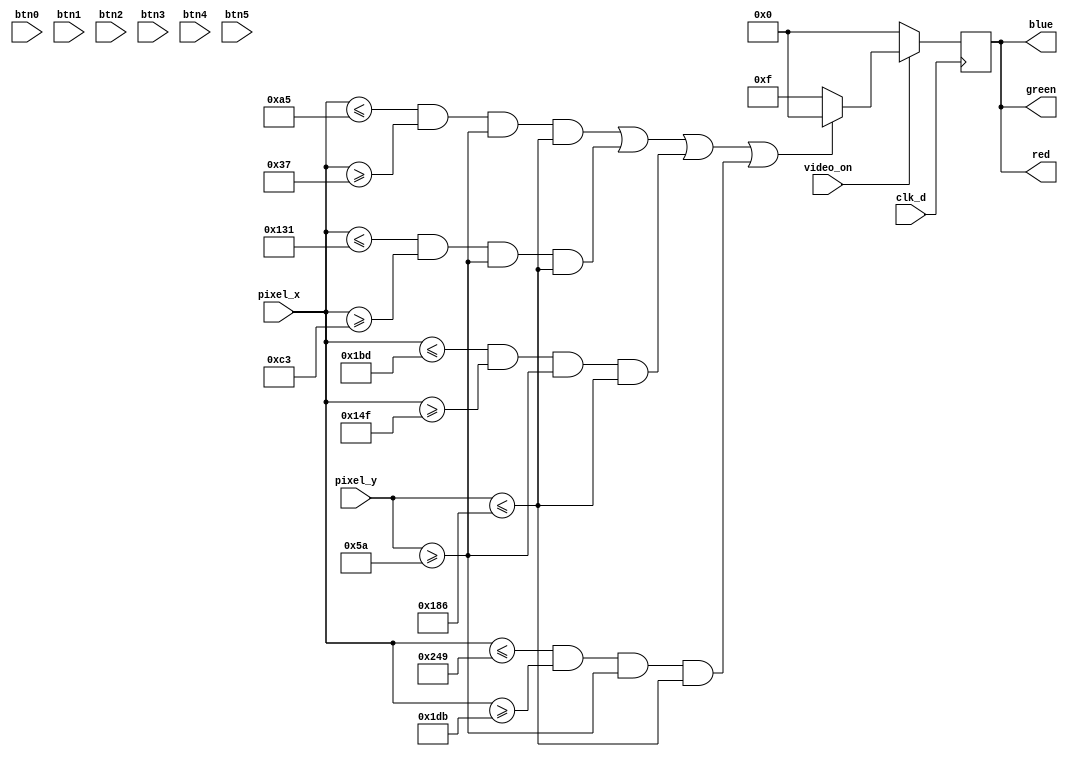
`timescale 1ns / 1ps
//////////////////////////////////////////////////////////////////////////////////
// Company: 
// Engineer: 
// 
// Design Name: 
// Module Name: pixel_gen
// Project Name: 
// Target Devices: 
// Tool Versions: 
// Description: 
// 
// Dependencies: 
// 
// Revision:
// Revision 0.01 - File Created
// Additional Comments:
// 
//////////////////////////////////////////////////////////////////////////////////


module pixel_gen(
input btn0,
input btn1,
input btn2,
input btn3,
input btn4,
input btn5,
input clk_d,
input [9:0] pixel_x,
input [9:0] pixel_y,
input video_on,
output reg [3:0] red = 0,
output reg [3:0] green = 0,
output reg [3:0] blue = 0
);
always @(posedge clk_d) begin

 red <= video_on ? ((pixel_x<=165 & pixel_x>=55 & pixel_y >=90 & pixel_y <=390) ||
(pixel_x<=305 & pixel_x>=195 & pixel_y >=90 & pixel_y <=390)|| (pixel_x<=445 & pixel_x>=335 &
pixel_y >=90 & pixel_y <=390) || 
(pixel_x<=585 & pixel_x>=475 & pixel_y >=90 & pixel_y <=390)? 4'h0:4'hF):(4'h0);

 green <= video_on ? ((pixel_x<=165 & pixel_x>=55 & pixel_y >=90 & pixel_y <=390) ||
(pixel_x<=305 & pixel_x>=195 & pixel_y >=90 & pixel_y <=390)|| (pixel_x<=445 & pixel_x>=335 &
pixel_y >=90 & pixel_y <=390) || 
(pixel_x<=585 & pixel_x>=475 & pixel_y >=90 & pixel_y <=390)? 4'h0:4'hF):(4'h0);

 blue <= video_on ? ((pixel_x<=165 & pixel_x>=55 & pixel_y >=90 & pixel_y <=390) ||
(pixel_x<=305 & pixel_x>=195 & pixel_y >=90 & pixel_y <=390)|| (pixel_x<=445 & pixel_x>=335 &
pixel_y >=90 & pixel_y <=390) || 
(pixel_x<=585 & pixel_x>=475 & pixel_y >=90 & pixel_y <=390)? 4'h0:4'hF):(4'h0);
// end
 end 
 
endmodule